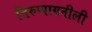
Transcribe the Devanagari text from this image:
तिरुप्पायनीली